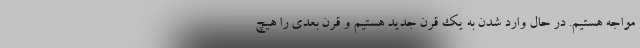
مواجه هستیم. در حال وارد شدن به یک قرن جدید هستیم و قرن بعدی را هیچ